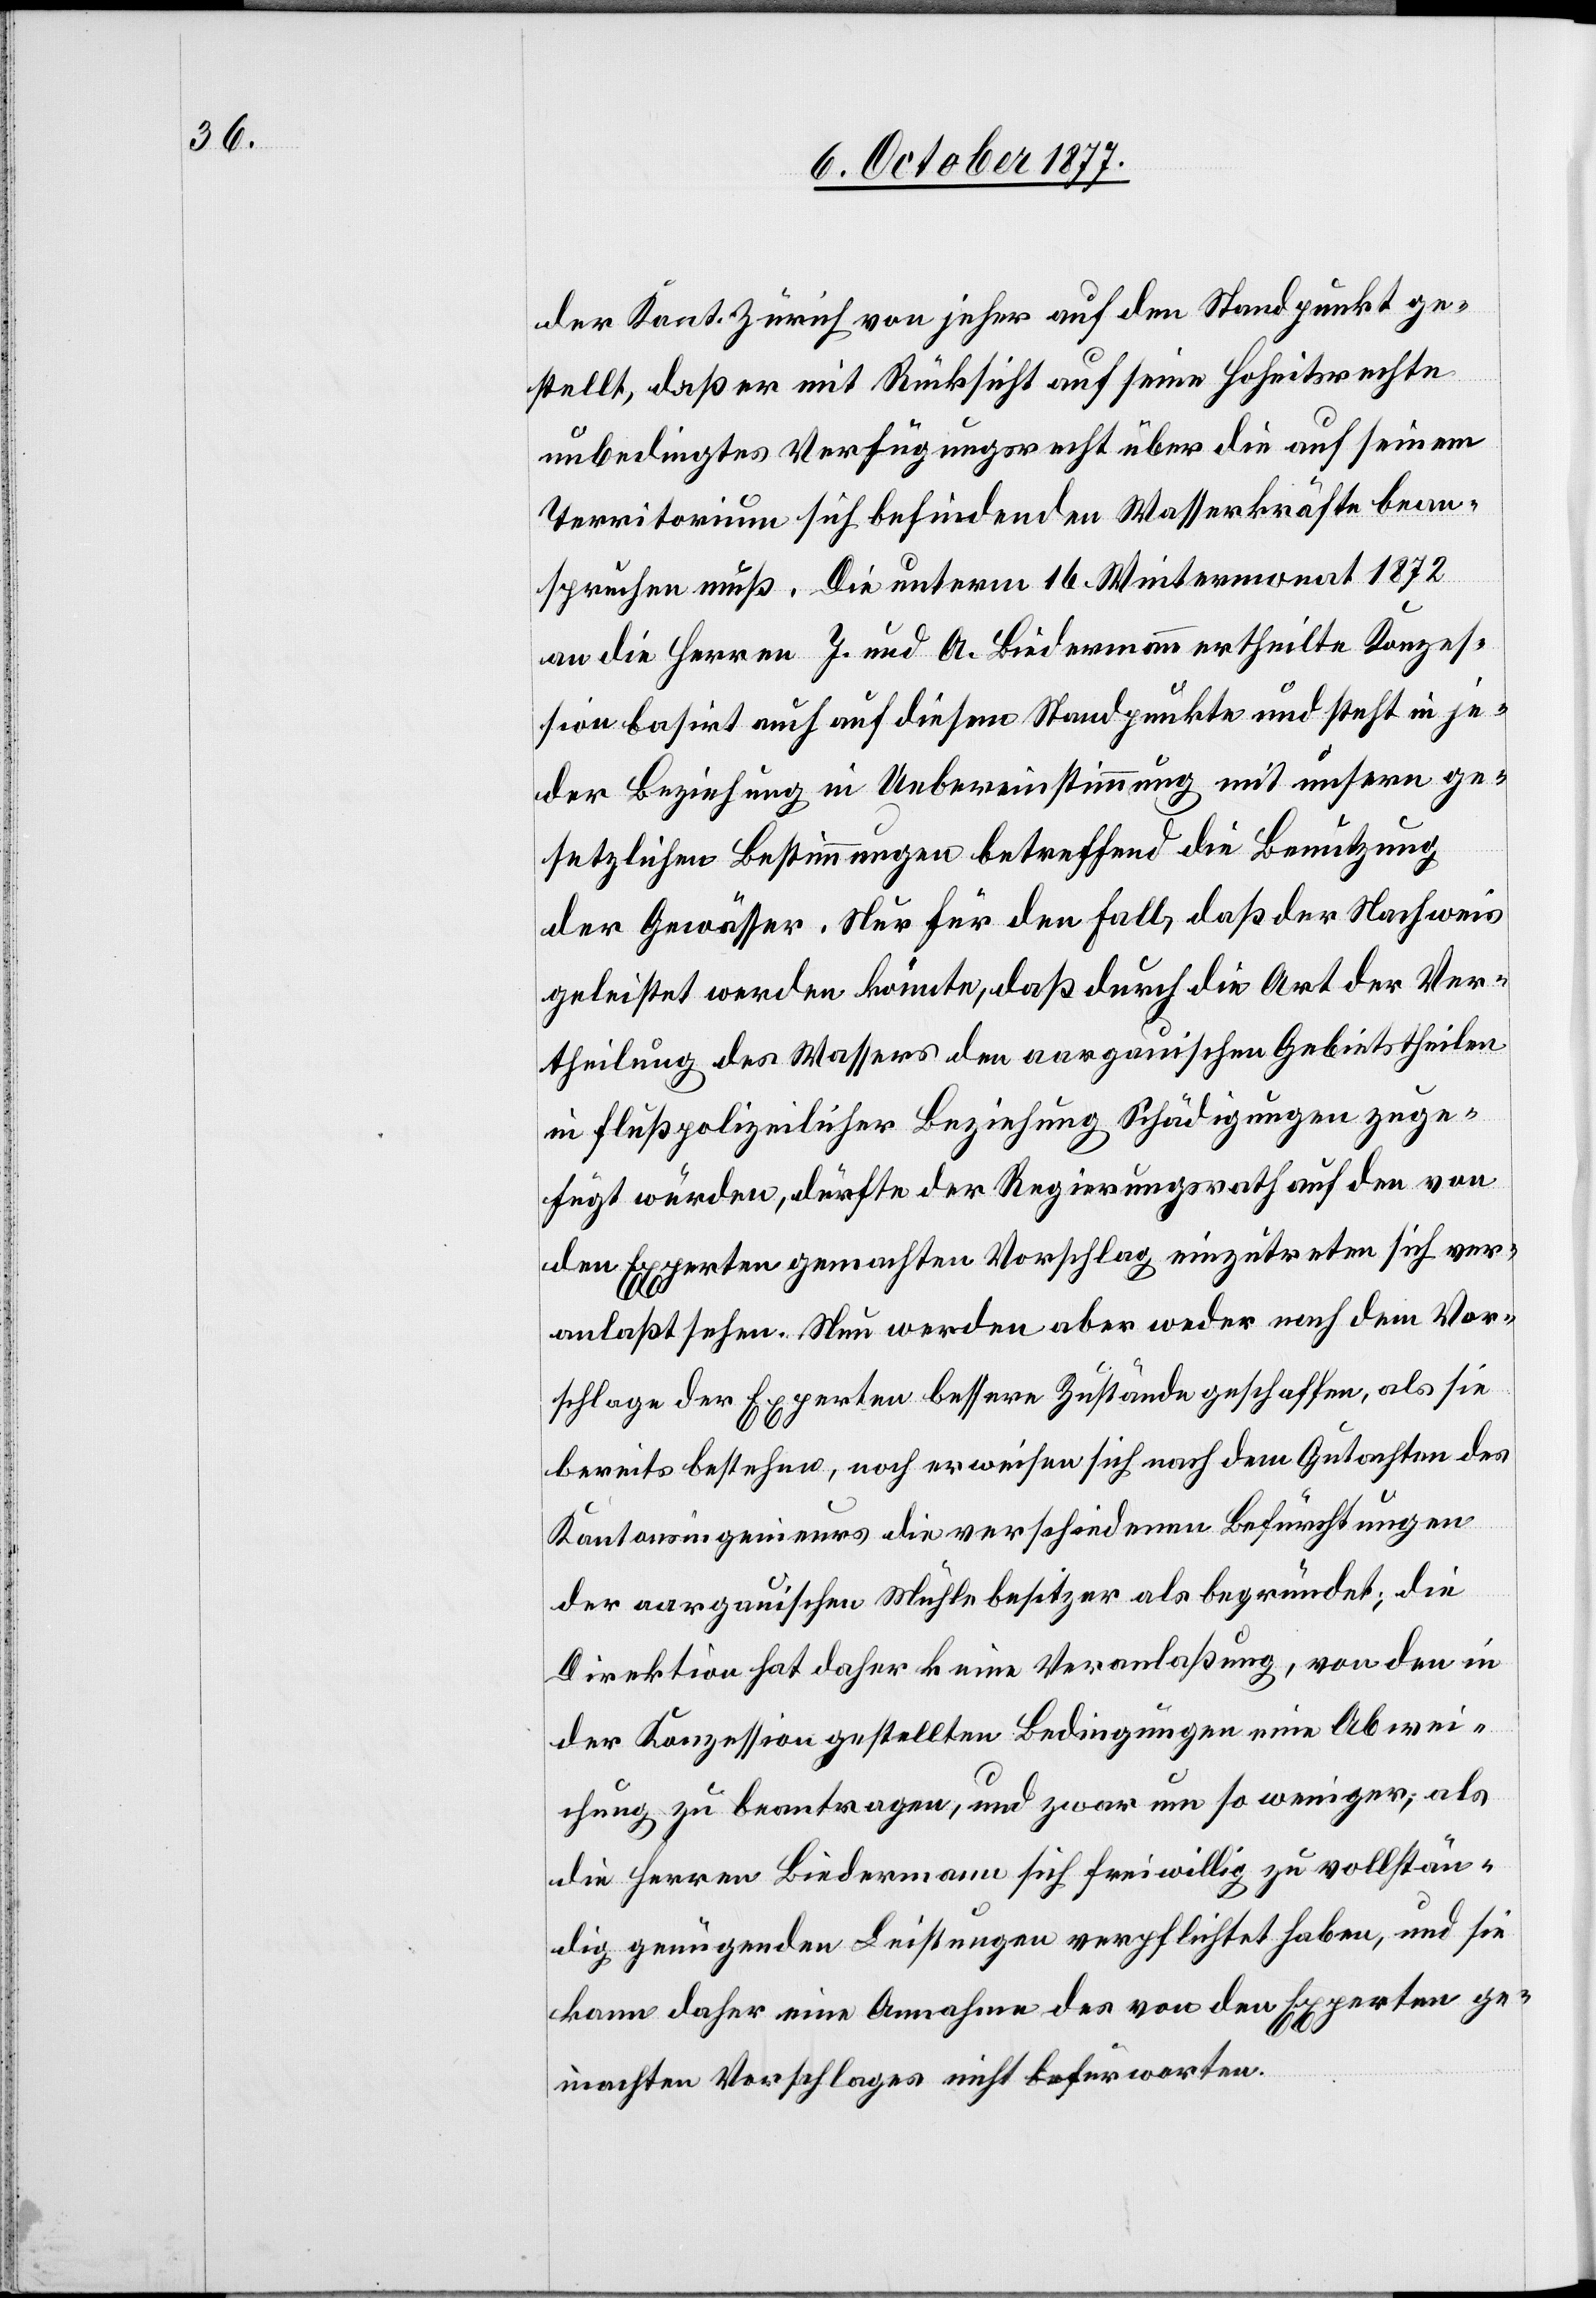
der Kant. Zürich von jeher auf den Standpunkt ge¬
stellt, daß er mit Rücksicht auf seine Hoheitsrechte
unbedingtes Verfügungsrecht über die auf seinem
Territorium sich befindenden Wasserkräfte bean¬
spruchen muß. Die unterm 16. Wintermonat 1872
an die Herren J. und A. Biedermann ertheilte Konzes¬
sion basirt auch auf diesem Standpunkte und steht in je¬
der Beziehung in Uebereinstimmung mit unsern ge¬
setzlichen Bestimmungen betreffend die Benutzung
der Gewässer. Nur für den Fall, daß der Nachweis
geleistet werden könnte, daß durch die Art der Ver¬
theilung des Wassers den aargauischen Gebietstheilen
in flußpolizeilicher Beziehung Schädigungen zuge¬
fügt würden, dürfte der Regierungsrath auf den von
den Experten gemachten Vorschlag einzutreten sich ver¬
anlaßt sehen. Nun werden aber weder nach dem Vor¬
schlage der Experten bessere Zustände geschaffen, als sie
bereits bestehen, noch erweisen sich nach dem Gutachten des
Kantonsingenieurs die verschiedenen Befürchtungen
der aargauischen Mühlebesitzer als begründet; die
Direktion hat daher keine Veranlaßung, von den in
der Konzession gestellten Bedingungen eine Abwei¬
chung zu beantragen, und zwar um so weniger, als
die Herren Biedermann sich freiwillig zu vollstän¬
dig genügenden Leistungen verpflichtet haben, und sie
kann daher eine Annahme des von den Experten ge¬
machten Vorschlages nicht befürworten.